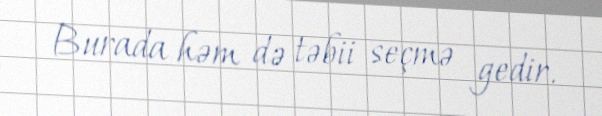
Burada həm də təbii seçmə gedir.